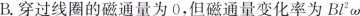
B.穿过线圈的磁通量为0，但磁通量变化率为Bl^{2}ω